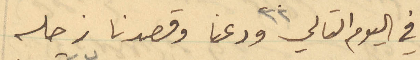
في اليوم التالي ٢٢ ودعنا وقصدنا زحله